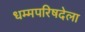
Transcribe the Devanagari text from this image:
धम्मपरिषदेला